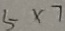
5 \times 7